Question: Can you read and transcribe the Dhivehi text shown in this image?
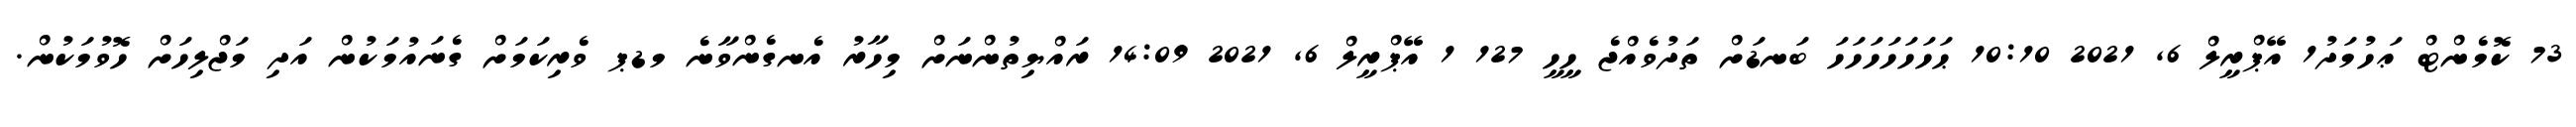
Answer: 73 ކޮމެންޓް ޢަހުމަދު1 އޭޕްރީލް 6, 2021 10:10 ޙަހަހަހަހަހަހަ ބަނޑަށް ތަދުވެއްޖެ ހީހީ 127 1 އޭޕްރީލް 6, 2021 14:09 ރައްޔިތުންނަށް މިހާރު އެނގެންވާނެ މޑޕ ވެރިކަމަށް ގެނައުމަކުން އަދި މަޖްލިހަށް ހޮވުމަކުން.